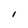
Character: I